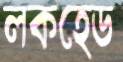
লকহেড